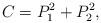
LaTeX: \begin{align*}C=P_1^2+P_2^2,\end{align*}